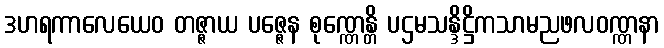
ဒဟရကာလေယေဝ တဇ္ဇာယ ပဇ္ဇေန စုဏ္ဏေန္တိ ပဌမသန္ဒိဋ္ဌိကသာမညဖလဝဏ္ဏနာ